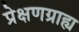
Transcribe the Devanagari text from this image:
प्रेक्षणग्राह्य